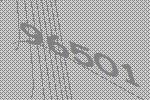
96501